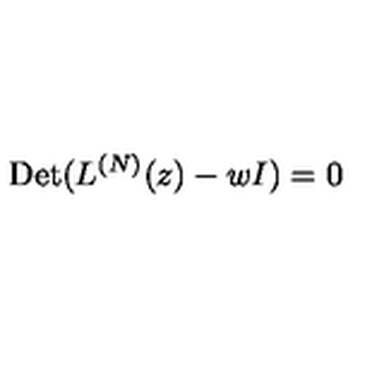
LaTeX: \mathrm { D e t } ( L ^ { ( N ) } ( z ) - w I ) = 0